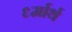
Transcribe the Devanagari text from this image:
र्ध्मार्थ